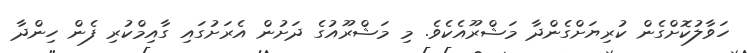
ހަވާލުކޮށްގެން ކުރިޔަށްގެންދާ މަޝްރޫއެކެވެ. މި މަޝްރޫއުގެ ދަށުން އެރަށުގައި ގާއިމްކުރި ފެން ހިންދާ